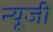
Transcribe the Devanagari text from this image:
न्यूजी